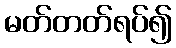
မတ်တတ်ရပ်၍